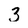
Character: 3